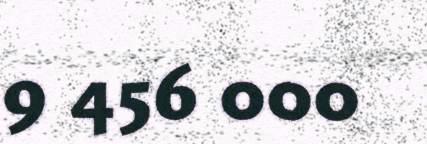
9 456 000